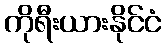
ကိုရီးယားနိုင်ငံ